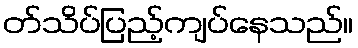
တ်သိပ်ပြည့်ကျပ်နေသည်။